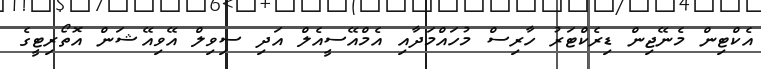
އެކްޓިން މެނޭޖިން ޑިރެކްޓަރު ހާރިސް މުހައްމަދާއި އެމްއޭސީއެލް އަދި ސިވިލް އޭވިއޭޝަން އޮތޯރިޓީގެ